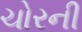
ચોરની